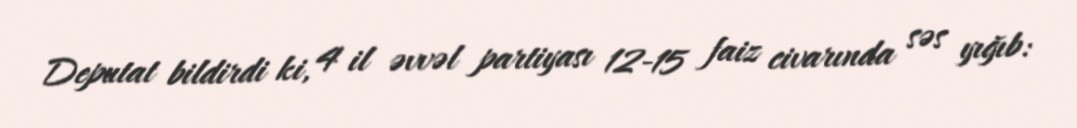
Deputat bildirdi ki, 4 il əvvəl partiyası 12-15 faiz civarında səs yığıb: